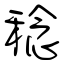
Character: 稔